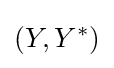
\left(Y,Y^{*}\right)